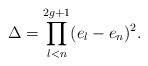
\begin{align*}\Delta=\prod_{l<n}^{2g+1}(e_l-e_n)^2.\end{align*}